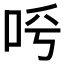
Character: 𠰗